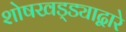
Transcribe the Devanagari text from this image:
शोषखड्ड्याद्वारे